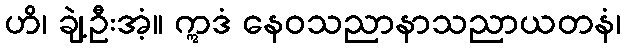
ဟိ၊ ချဲ့ဦးအံ့။ ဣဒံ နေဝသညာနာသညာယတနံ၊